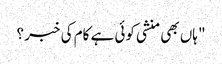
" ہاں بھی منشی کوئی ہے کام کی خبر ؟